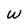
Character: w